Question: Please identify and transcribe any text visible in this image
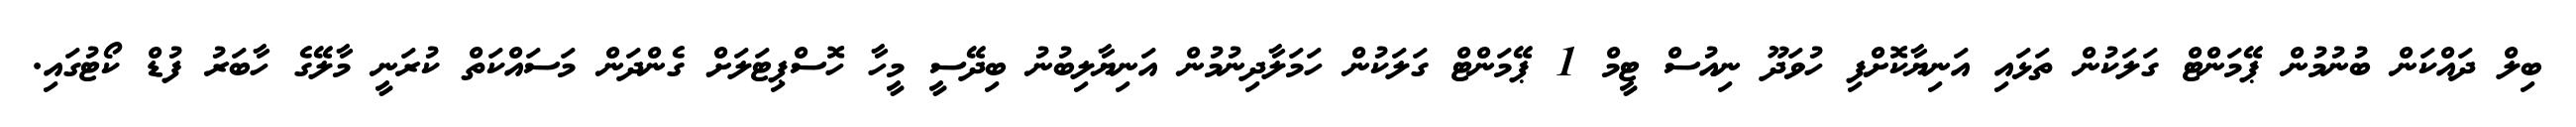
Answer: ބިލް ދައްކަން ބުނުމުން ޕޭމަންޓް ގަލަކުން ތަޅައި އަނިޔާކޮށްފި ހުވަދޫ ނިއުސް ޓީމް 1 ޕޭމަންޓް ގަލަކުން ހަމަލާދިނުމުން އަނިޔާލިބުނު ބިދޭސީ މީހާ ހޮސްޕިޓަލަށް ގެންދަން މަސައްކަތް ކުރަނީ މާލޭގެ ހާބަރު ފުޑް ކޯޓުގައި.